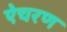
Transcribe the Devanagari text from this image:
ऐचरण